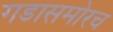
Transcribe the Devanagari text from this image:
गडासमोरच